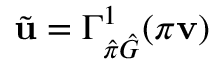
\tilde { \mathbf { u } } = \Gamma _ { \hat { \pi } \hat { G } } ^ { 1 } ( \pi \mathbf { v } )